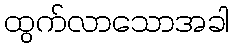
ထွက်လာသောအခါ